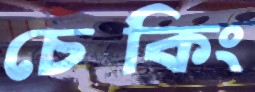
চেকিং